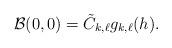
LaTeX: \begin{align*} \mathcal{B}(0,0) = \tilde{C}_{k,\ell} g_{k,\ell}(h).\end{align*}